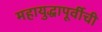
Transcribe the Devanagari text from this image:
महायुद्धापूर्वीची